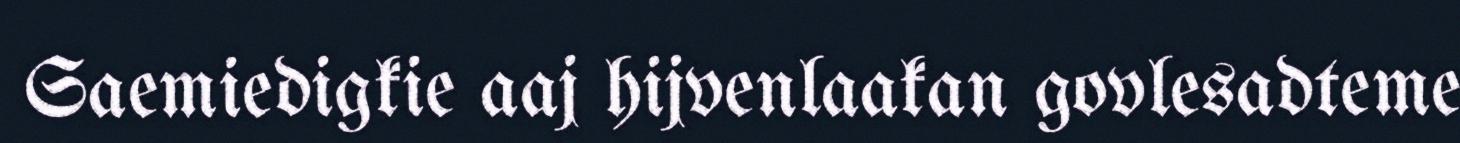
Saemiedigkie aaj hijvenlaakan govlesadteme